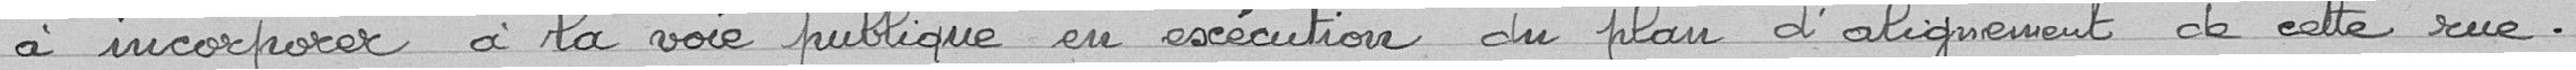
à incorporer à la voie publique en exécution du plan d'alignement de cette rue.